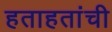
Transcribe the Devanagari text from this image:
हताहतांची